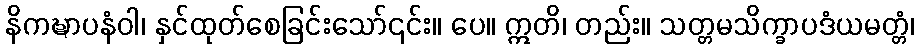
နိကဍ္ဎာပနံဝါ၊ နှင်ထုတ်စေခြင်းသော်၎င်း။ ပေ။ ဣတိ၊ တည်း။ သတ္တမသိက္ခာပဒံယမတ္တံ၊